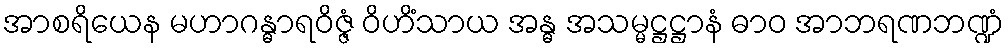
အာစရိယေန မဟာဂန္ဓာရဝိဇ္ဇံ ဝိဟိံသာယ အန္ဓ အသမ္မဋ္ဌဋ္ဌာနံ ဓာဝ အာဘရဏဘဏ္ဍံ